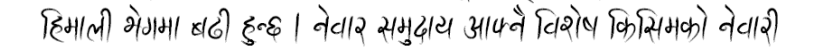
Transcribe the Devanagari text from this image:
हिँडाली भेगमा बढी हुन्छ । नेवार समुदाय आफ्नै विशेष किसिमको नेवारी